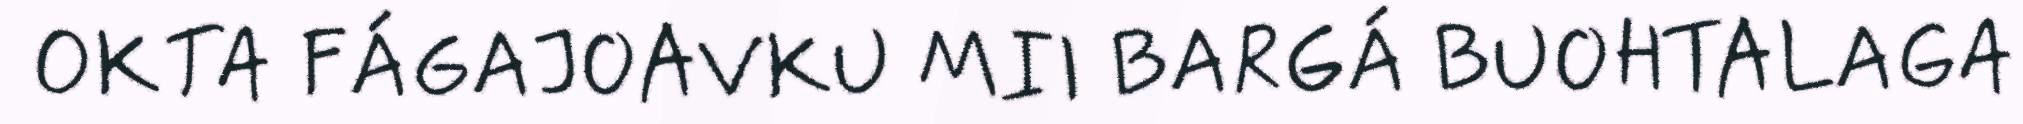
OKTA FÁGAJOAVKU MII BARGÁ BUOHTALAGA